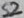
Text: S2